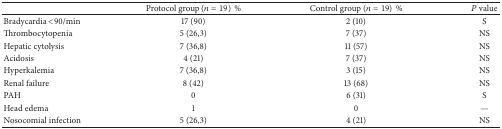
|  | Protocol group (n = 19)% | Control group (n = 19)% | P value |
 | --- | --- | --- | --- |
 | Bradycardia <90/min | 17 (90) | 2 (10) | S |
 | Thrombocytopenia | 5 (26,3) | 7 (37) | NS |
 | Hepatic cytolysis | 7 (36,8) | 11 (57) | NS |
 | Acidosis | 4 (21) | 7 (37) | NS |
 | Hyperkalemia | 7 (36,8) | 3 (15) | NS |
 | Renal failure | 8 (42) | 13 (68) | NS |
 | PAH | 0 | 6 (31) | S |
 | Head edema | 1 | 0 | — |
 | Nosocomial infection | 5 (26,3) | 4 (21) | NS |